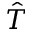
\hat { T }